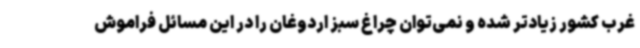
غرب کشور زیادتر شده و نمی‌توان چراغ سبز اردوغان را در این مسائل فراموش